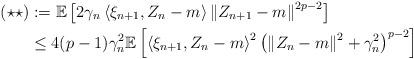
LaTeX: \begin{align*}(\star \star ) & := \mathbb{E}\left[ 2\gamma_{n}\left\langle \xi_{n+1} , Z_{n}-m \right\rangle \left\| Z_{n+1}-m \right\|^{2p-2} \right] \\ & \leq 4(p-1)\gamma_{n}^{2}\mathbb{E}\left[ \left\langle \xi_{n+1}, Z_{n}-m \right\rangle^{2}\left( \left\| Z_{n}-m \right\|^{2}+\gamma_{n}^{2}\right)^{p-2}\right] \\ \end{align*}